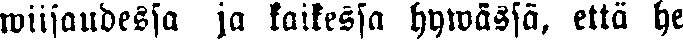
wiisaudessa ja kaikessa hywässä, että he